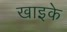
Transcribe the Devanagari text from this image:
खाइके